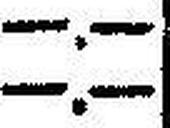
—.—